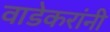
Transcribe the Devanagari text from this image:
वाडेकरांनी